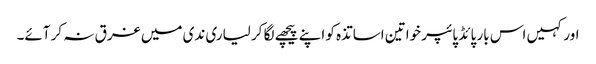
اور کہیں اس بار پائڈ پائپر خواتین اساتذہ کو اپنے پیچھے لگا کر لیاری ندی میں غرق نہ کر آئے۔